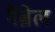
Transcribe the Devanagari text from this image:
गैंब्रेल